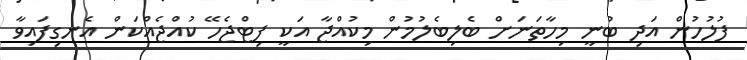
ފުލުހުން އަދި ބުނީ މިހާތަނަށް ބެލިބެލުމުން މިކުއްޖާ އަކީ ފިޓްޖެހޭ ކުއްޖެއްކަން އެނގިފައިވާ